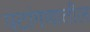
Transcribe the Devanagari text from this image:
पटांगणातील